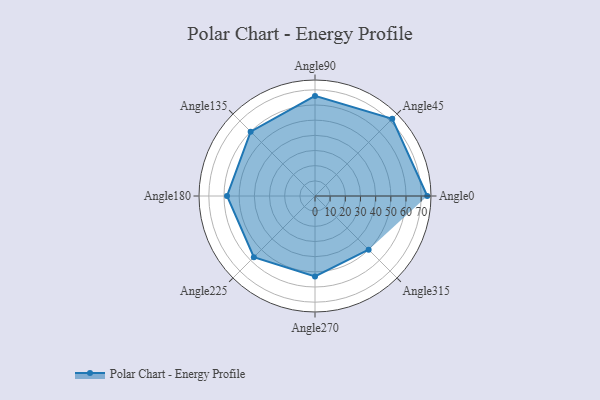
{"axis": {"x": "Angle", "y": "Radius"}, "legend": [""], "data": [{"x": "Angle0", "y": 74.0, "type": ""}, {"x": "Angle45", "y": 72.0, "type": ""}, {"x": "Angle90", "y": 66.0, "type": ""}, {"x": "Angle135", "y": 60.0, "type": ""}, {"x": "Angle180", "y": 58.0, "type": ""}, {"x": "Angle225", "y": 57.0, "type": ""}, {"x": "Angle270", "y": 53.0, "type": ""}, {"x": "Angle315", "y": 50, "type": ""}]}